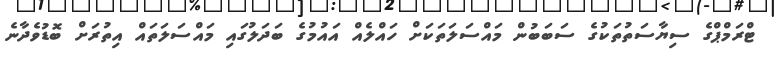
ޓްރަމްޕްގެ ސިޔާސަތުތަކުގެ ސަބަބުން މައްސަލަތަކަށް ހައްލެއް އައުމުގެ ބަދަލުގައި މައްސަލަތައް އިތުރަށް ބޮޑުވެދާނެ